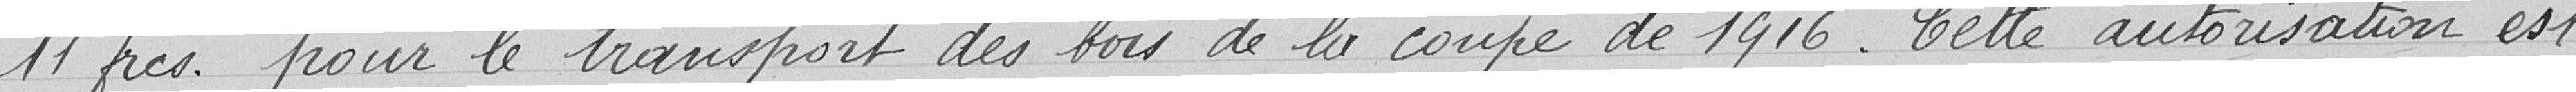
11 frcs pour le transport des bois de la coupe de 1916. Cette autorisation est